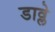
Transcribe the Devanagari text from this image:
डाव्ले